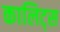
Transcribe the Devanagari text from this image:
कालिट्स